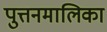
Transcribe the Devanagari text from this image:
पुत्तनमालिका